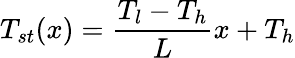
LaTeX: T_{st}(x)=\frac{T_{l}-T_{h}}{L}x+T_{h}